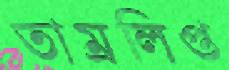
তাম্রলিপ্ত